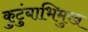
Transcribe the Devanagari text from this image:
कुटुंबाभिमुख